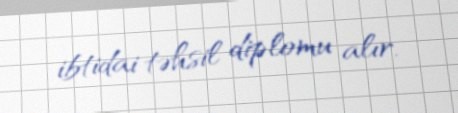
ibtidai təhsil diplomu alır.